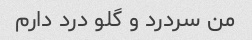
من سردرد و گلو درد دارم